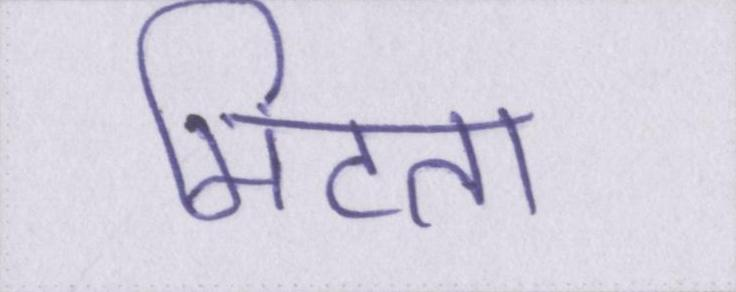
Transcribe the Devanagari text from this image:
मिटता